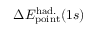
\Delta { E } _ { \mathrm { p o i n t } } ^ { \mathrm { h a d . } } ( 1 s )